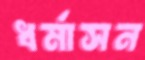
ধর্মাসন